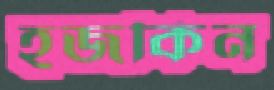
হজকিন